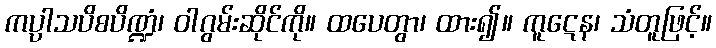
ကပ္ပာသပိစပိဏ္ဍံ၊ ဝါဂွမ်းဆိုင်ကို။ ထပေတွာ၊ ထား၍။ ကူဋေန၊ သံတူဖြင့်။